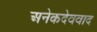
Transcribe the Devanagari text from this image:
अनेकदेववाद